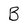
Character: B